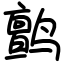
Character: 鹯